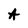
Character: A